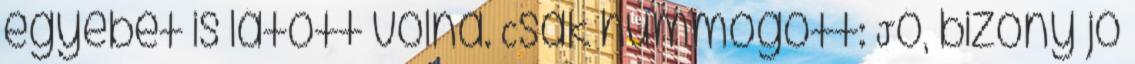
egyebet is látott volna. Csak hümmögött: Jó, bizony jó